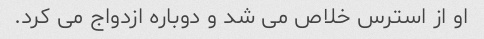
او از استرس خلاص می شد و دوباره ازدواج می کرد.